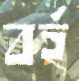
বর্হ